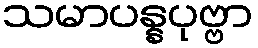
သမာပန္နပုဗ္ဗာ